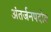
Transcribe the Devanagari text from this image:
अंतर्जनपदोय